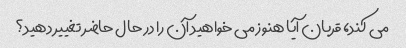
می کند، قربان آیا هنوز می خواهید آن را در حال حاضر تغییر دهید؟